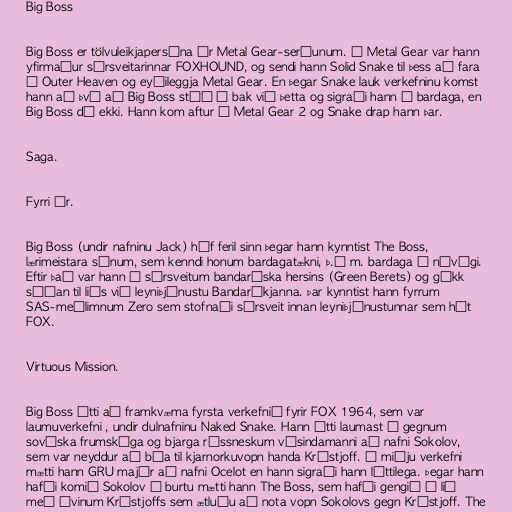
Big Boss

Big Boss er tölvuleikjapersóna úr Metal Gear-seríunum. Í Metal Gear var hann
yfirmaður sérsveitarinnar FOXHOUND, og sendi hann Solid Snake til þess að fara
í Outer Heaven og eyðileggja Metal Gear. En þegar Snake lauk verkefninu komst
hann að því að Big Boss stóð á bak við þetta og sigraði hann í bardaga, en
Big Boss dó ekki. Hann kom aftur í Metal Gear 2 og Snake drap hann þar.

Saga.

Fyrri ár.

Big Boss (undir nafninu Jack) hóf feril sinn þegar hann kynntist The Boss,
lærimeistara sínum, sem kenndi honum bardagatækni, þ.á m. bardaga í návígi.
Eftir það var hann í sérsveitum bandaríska hersins (Green Berets) og gékk
síðan til liðs við leyniþjónustu Bandaríkjanna. Þar kynntist hann fyrrum
SAS-meðlimnum Zero sem stofnaði sérsveit innan leyniþjónustunnar sem hét
FOX.

Virtuous Mission.

Big Boss átti að framkvæma fyrsta verkefnið fyrir FOX 1964, sem var
laumuverkefni , undir dulnafninu Naked Snake. Hann átti laumast í gegnum
sovéska frumskóga og bjarga rússneskum vísindamanni að nafni Sokolov,
sem var neyddur að búa til kjarnorkuvopn handa Krústjoff. Í miðju verkefni
mætti hann GRU majór að nafni Ocelot en hann sigraði hann léttilega. Þegar hann
hafði komið Sokolov í burtu mætti hann The Boss, sem hafði gengið í lið
með óvinum Krústjoffs sem ætluðu að nota vopn Sokolovs gegn Krústjoff. The